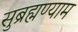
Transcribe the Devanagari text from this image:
सुब्रह्मण्याम